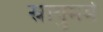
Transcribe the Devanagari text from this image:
स्नायुमर्म